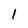
Character: 1